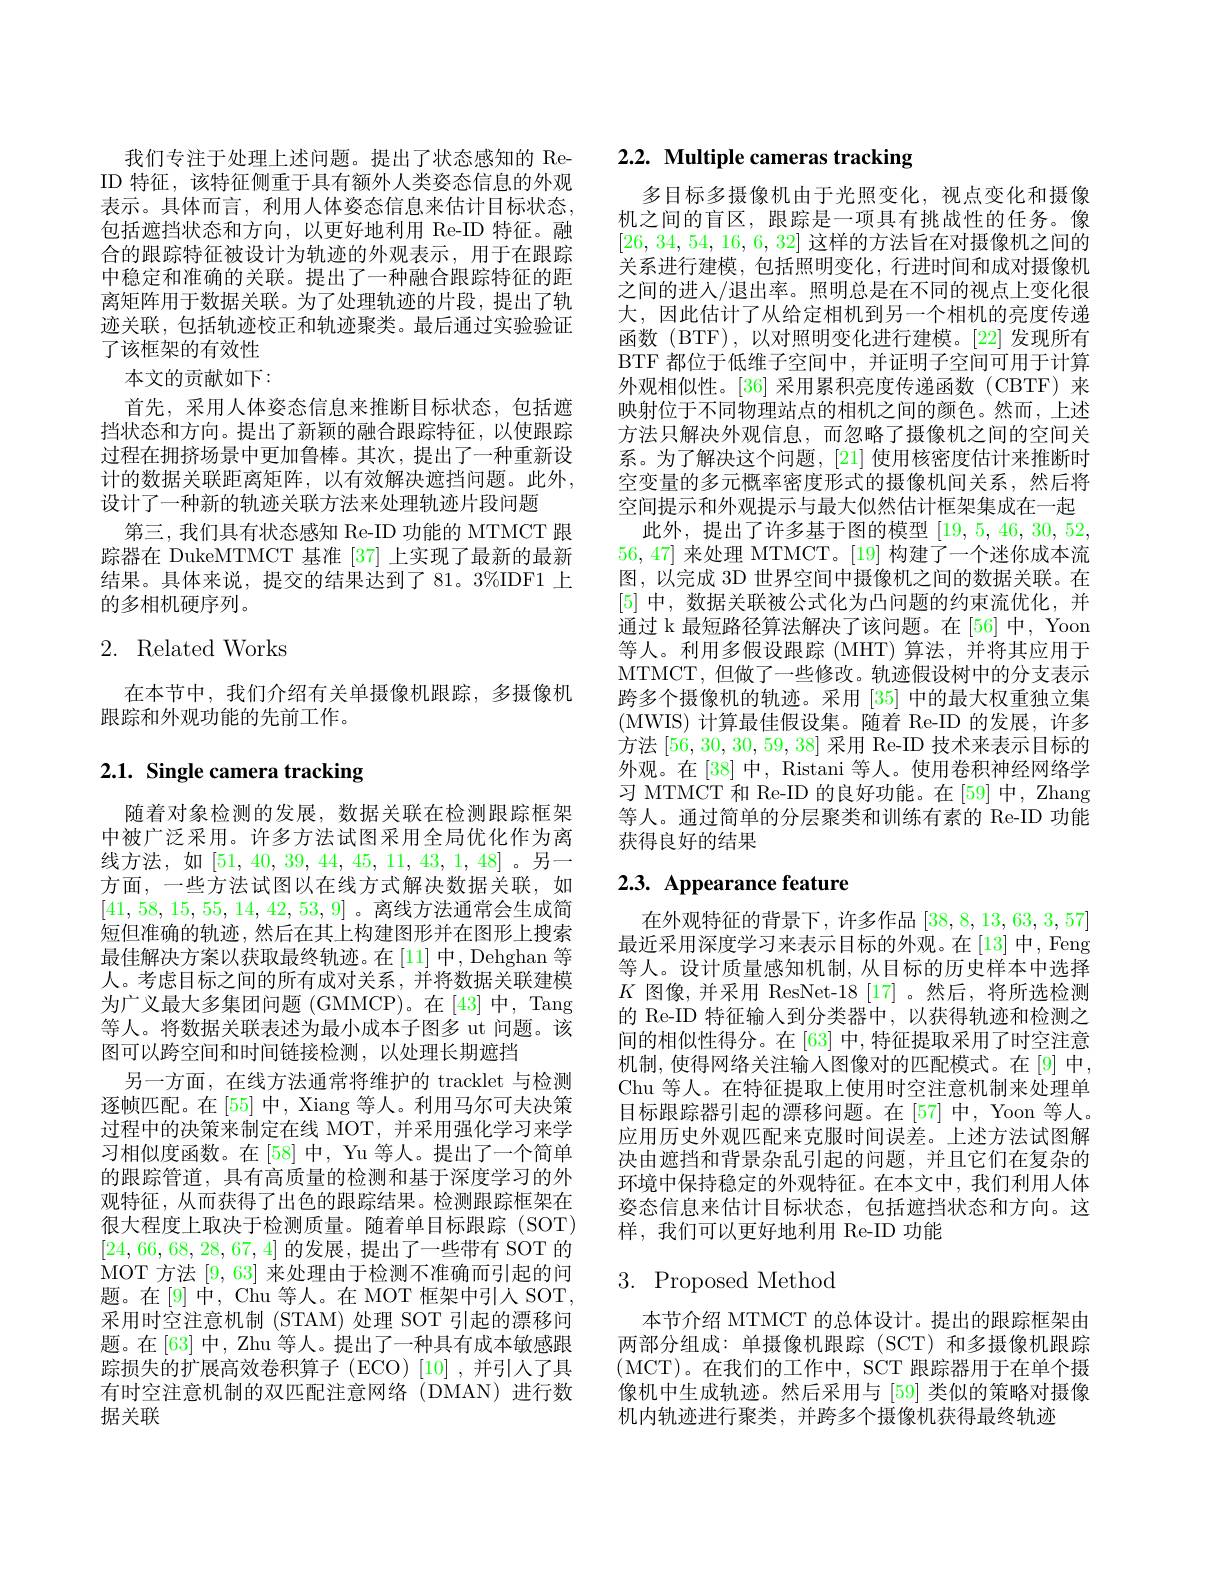
我们专注于处理上述问题。提出了状态感知的 ReID 特征，该特征侧重于具有额外人类姿态信息的外观表示。具体而言，利用人体姿态信息来估计目标状态， 包括遮挡状态和方向，以更好地利用 Re-ID 特征。融合的跟踪特征被设计为轨迹的外观表示，用于在跟踪中稳定和准确的关联。提出了一种融合跟踪特征的距离矩阵用于数据关联。为了处理轨迹的片段，提出了轨迹关联，包括轨迹校正和轨迹聚类。最后通过实验验证了该框架的有效性
本文的贡献如下：
首先，采用人体姿态信息来推断目标状态，包括遮挡状态和方向。提出了新颖的融合跟踪特征，以使跟踪过程在拥挤场景中更加鲁棒。其次，提出了一种重新设计的数据关联距离矩阵，以有效解决遮挡问题。此外， 设计了一种新的轨迹关联方法来处理轨迹片段问题
第三，我们具有状态感知 Re-ID 功能的 MTMCT 跟踪器在 DukeMTMCT 基准 [37] 上实现了最新的最新结果。具体来说，提交的结果达到了 81。3%IDF1 上的多相机硬序列。

# 2. Related Works

在本节中，我们介绍有关单摄像机跟踪，多摄像机
跟踪和外观功能的先前工作。

# 2.1. Single camera tracking

随着对象检测的发展，数据关联在检测跟踪框架中被广泛采用。许多方法试图采用全局优化作为离线方法，如[51,40,39,44,45,11,43,1,48]。另一方面，一些方法试图以在线方式解决数据关联，如[41,58,15,55,14,42,53,9] 。离线方法通常会生成简短但准确的轨迹，然后在其上构建图形并在图形上搜索最佳解决方案以获取最终轨迹。在[11]中，Dehghan 等人。考虑目标之间的所有成对关系，并将数据关联建模为广义最大多集团问题 (GMMCP)。在[43]中，Tang 等人。将数据关联表述为最小成本子图多 ut 问题。该图可以跨空间和时间链接检测，以处理长期遮挡
另一方面，在线方法通常将维护的 tracklet 与检测逐帧匹配。在[55] 中，Xiang 等人。利用马尔可夫决策过程中的决策来制定在线 MOT, 并采用强化学习来学习相似度函数。在[58]中，Yu 等人。提出了一个简单的跟踪管道，具有高质量的检测和基于深度学习的外观特征，从而获得了出色的跟踪结果。检测跟踪框架在很大程度上取决于检测质量。随着单目标跟踪(SOT) [24,66,68,28,67,4]的发展，提出了一些带有 SOT 的MOT 方法[9,63]来处理由于检测不准确而引起的问题。在[9]中，Chu 等人。在 MOT 框架中引人 SOT, 采用时空注意机制 (STAM)处理 SOT 引起的漂移问题。在[63] 中，Zhu 等人。提出了一种具有成本敏感跟踪损失的扩展高效卷积算子(ECO)[10],并引入了具有时空注意机制的双匹配注意网络(DMAN)进行数据关联

# 2.2. Multiple cameras tracking

多目标多摄像机由于光照变化，视点变化和摄像机之间的盲区，跟踪是一项具有挑战性的任务。像[26,34,54,16,6,32]这样的方法旨在对摄像机之间的关系进行建模，包括照明变化，行进时间和成对摄像机之间的进入/退出率。照明总是在不同的视点上变化很大，因此估计了从给定相机到另一个相机的亮度传递函数 (BTF), 以对照明变化进行建模。[22] 发现所有BTF 都位于低维子空间中，并证明子空间可用于计算外观相似性。[36] 采用累积亮度传递函数(CBTF) 来映射位于不同物理站点的相机之间的颜色。然而，上述方法只解决外观信息，而忽略了摄像机之间的空间关系。为了解决这个问题，[21] 使用核密度估计来推断时空变量的多元概率密度形式的摄像机间关系，然后将空间提示和外观提示与最大似然估计框架集成在一起
此外，提出了许多基于图的模型[19,5,46,30,52, 56,47]来处理 MTMCT。[19] 构建了一个迷你成本流图，以完成 3D 世界空间中摄像机之间的数据关联。在[5]中，数据关联被公式化为凸问题的约束流优化，并通过 k 最短路径算法解决了该问题。在 [56] 中，Yoon 等人。利用多假设跟踪(MHT)算法，并将其应用于MTMCT, 但做了一些修改。轨迹假设树中的分支表示跨多个摄像机的轨迹。采用[35]中的最大权重独立集(MWIS)计算最佳假设集。随着 Re-ID 的发展，许多方法[56,30,30,59,38]采用 Re-ID 技术来表示目标的外观。在[38] 中，Ristani 等人。使用卷积神经网络学习 MTMCT 和 Re-ID 的良好功能。在 [59] 中，Zhang 等人。通过简单的分层聚类和训练有素的 Re-ID 功能获得良好的结果

# $2. 3. \textbf{ Appearance feature}$

在外观特征的背景下，许多作品[38,8,13,63,3,57] 最近采用深度学习来表示目标的外观。在[13]中，Feng 等人。设计质量感知机制，从目标的历史样本中选择$K$图像，并采用 ResNet-18 [17]。然后，将所选检测的 Re-ID 特征输人到分类器中，以获得轨迹和检测之间的相似性得分。在 [63] 中，特征提取采用了时空注意机制，使得网络关注输入图像对的匹配模式。在[9]中， Chu 等人。在特征提取上使用时空注意机制来处理单目标跟踪器引起的漂移问题。在[57] 中，Yoon 等人。应用历史外观匹配来克服时间误差。上述方法试图解决由遮挡和背景杂乱引起的问题，并且它们在复杂的环境中保持稳定的外观特征。在本文中，我们利用人体姿态信息来估计目标状态，包括遮挡状态和方向。这样，我们可以更好地利用 Re-ID 功能

# 3. Proposed Method

本节介绍 MTMCT 的总体设计。提出的跟踪框架由两部分组成：单摄像机跟踪(SCT)和多摄像机跟踪(MCT)。在我们的工作中，SCT 跟踪器用于在单个摄像机中生成轨迹。然后采用与 [59] 类似的策略对摄像机内轨迹进行聚类，并跨多个摄像机获得最终轨迹